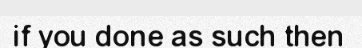
if you done as such then